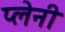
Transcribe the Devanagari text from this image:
प्लेनी